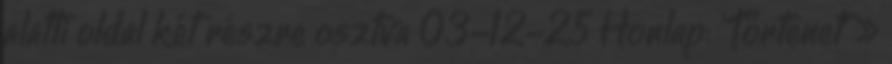
alatti oldal két részre osztva 03-12-25 Honlap: 'Történet' »